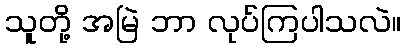
သူတို့ အမြဲ ဘာ လုပ်ကြပါသလဲ။